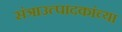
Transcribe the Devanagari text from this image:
संत्राउत्पादकांच्या